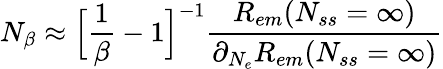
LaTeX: N_{\beta}\approx\Big[\frac{1}{\beta}-1\Big]^{-1}\frac{R_{em}(N_{ss}=\infty)}{\partial_{N_{e}}R_{em}(N_{ss}=\infty)}